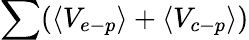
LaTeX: \sum(\langle V_{e-p}\rangle+\langle V_{c-p}\rangle)